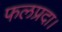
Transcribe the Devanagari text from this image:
फलप्रदा।